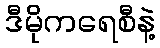
ဒီမိုကရေစီနဲ့